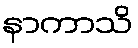
နာကာသိ